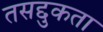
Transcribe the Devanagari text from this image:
तसद्दुकता